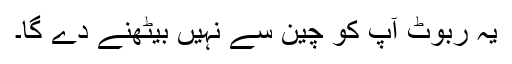
یہ ربوٹ آپ کو چین سے نہیں بیٹھنے دے گا۔